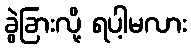
ခွဲခြားလို့ ရပါ့မလား